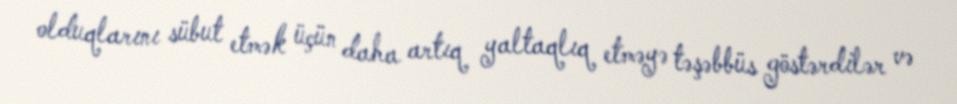
olduqlarını sübut etmək üçün daha artıq yaltaqlıq etməyə təşəbbüs göstərdilər və